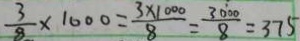
\frac { 3 } { 8 } \times 1 0 0 0 = \frac { 3 \times 1 0 0 0 } { 8 } = \frac { 3 0 0 0 } { 8 } = 3 7 5